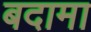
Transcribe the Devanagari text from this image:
बदामा